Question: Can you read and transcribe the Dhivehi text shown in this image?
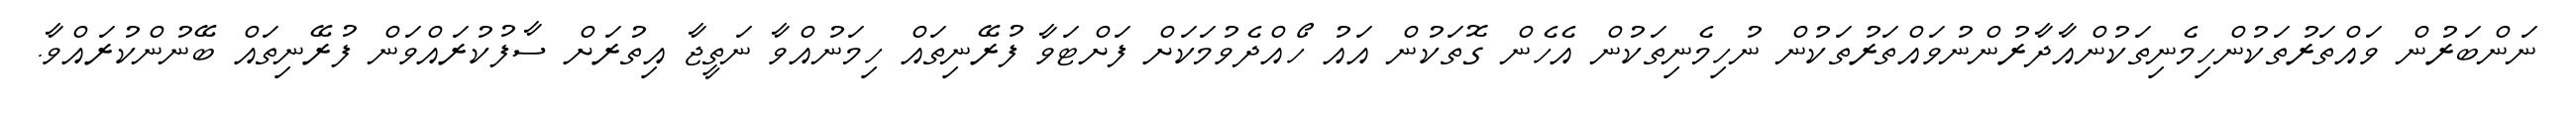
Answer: ނަންބަރުން ވައްތަރުތަކުންހިމެނިތަކުންއާދާރުންނުވައްތަރުތަކުން ނުހިމެނިތަކުން އެހެން ގޮތަކުން އައު ހޯއްދެވުމަކަށް ފަށްޓަވާ ފުރޭނިތައް ހިމަނުއްވާ ނަތީޖާ އިތުރަށް ސާފުކުރައްވަން ފުރޭނިތައް ބޭނުންކުރައްވާ.